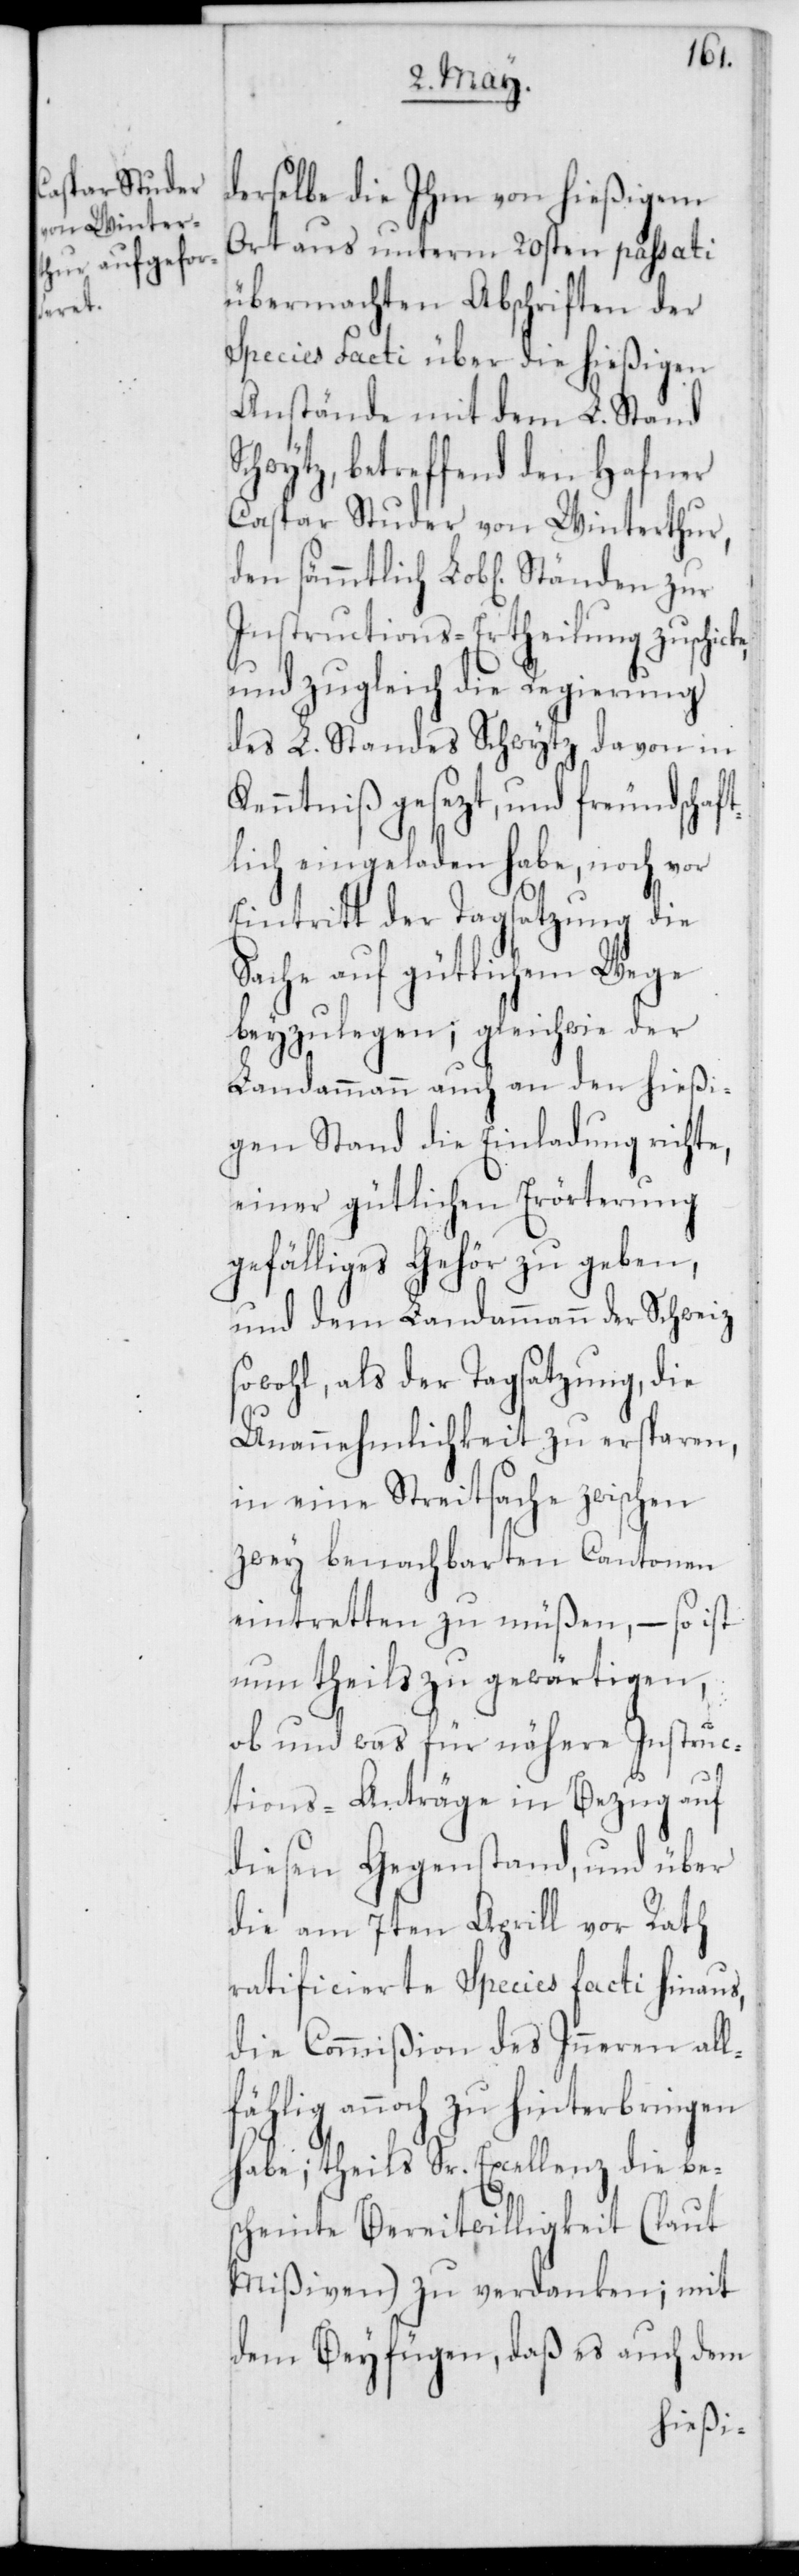
fäh¬
derselbe die Ihm von hießigem
Ort aus unterm 20sten passati
übermachten Abschriften der
Species Facti über die hießigen
Anstände mit dem L. Stand
chwytz, betreffend den Hafner
Caspar Studer von Winterthur,
den sämmtlich Lobl. Ständen zur
Instructions-Ertheilung zuschick¬
und zugleich die Regierung
des L. Standes Schwytz davon in
Kenntniß gesezt, und freundschaft¬
lich eingeladen habe, noch vor
Eintritt der Tagsatzung die
Sache auf gütlichem Wege
beyzulegen; gleichwie der
Landammann auch an den hießi¬
gen Stand die Einladung richte,
einer gütlichen Erörterung
gefälliges Gehör zu geben,
und dem Landammann der Schweiz
sowohl, als der Tagsatzung, die
Unannehmlichkeit zu ersparen,
in eine Streitsache zwischen
zwey benachbarten Cantonen
eintretten zu müßen; – so ist
nun theils zu gewärtigen,
ob und was für nähere Instruc¬
tions-Anträge in Bezug auf
diesen Gegenstand, und über
die am 7ten Aprill vor Rath
ratificierte Species facti hinaus,
die Commißion des Inneren all¬
lig annoch zu hinterbringen
habe; theils Sr. Excellenz die be¬
scheinte Bereitwilligkeit (laut
Mißiven) zu verdanken; mit
dem Beyfügen, daß es auch dem